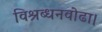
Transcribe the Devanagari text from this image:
विश्रब्धनवोढा।